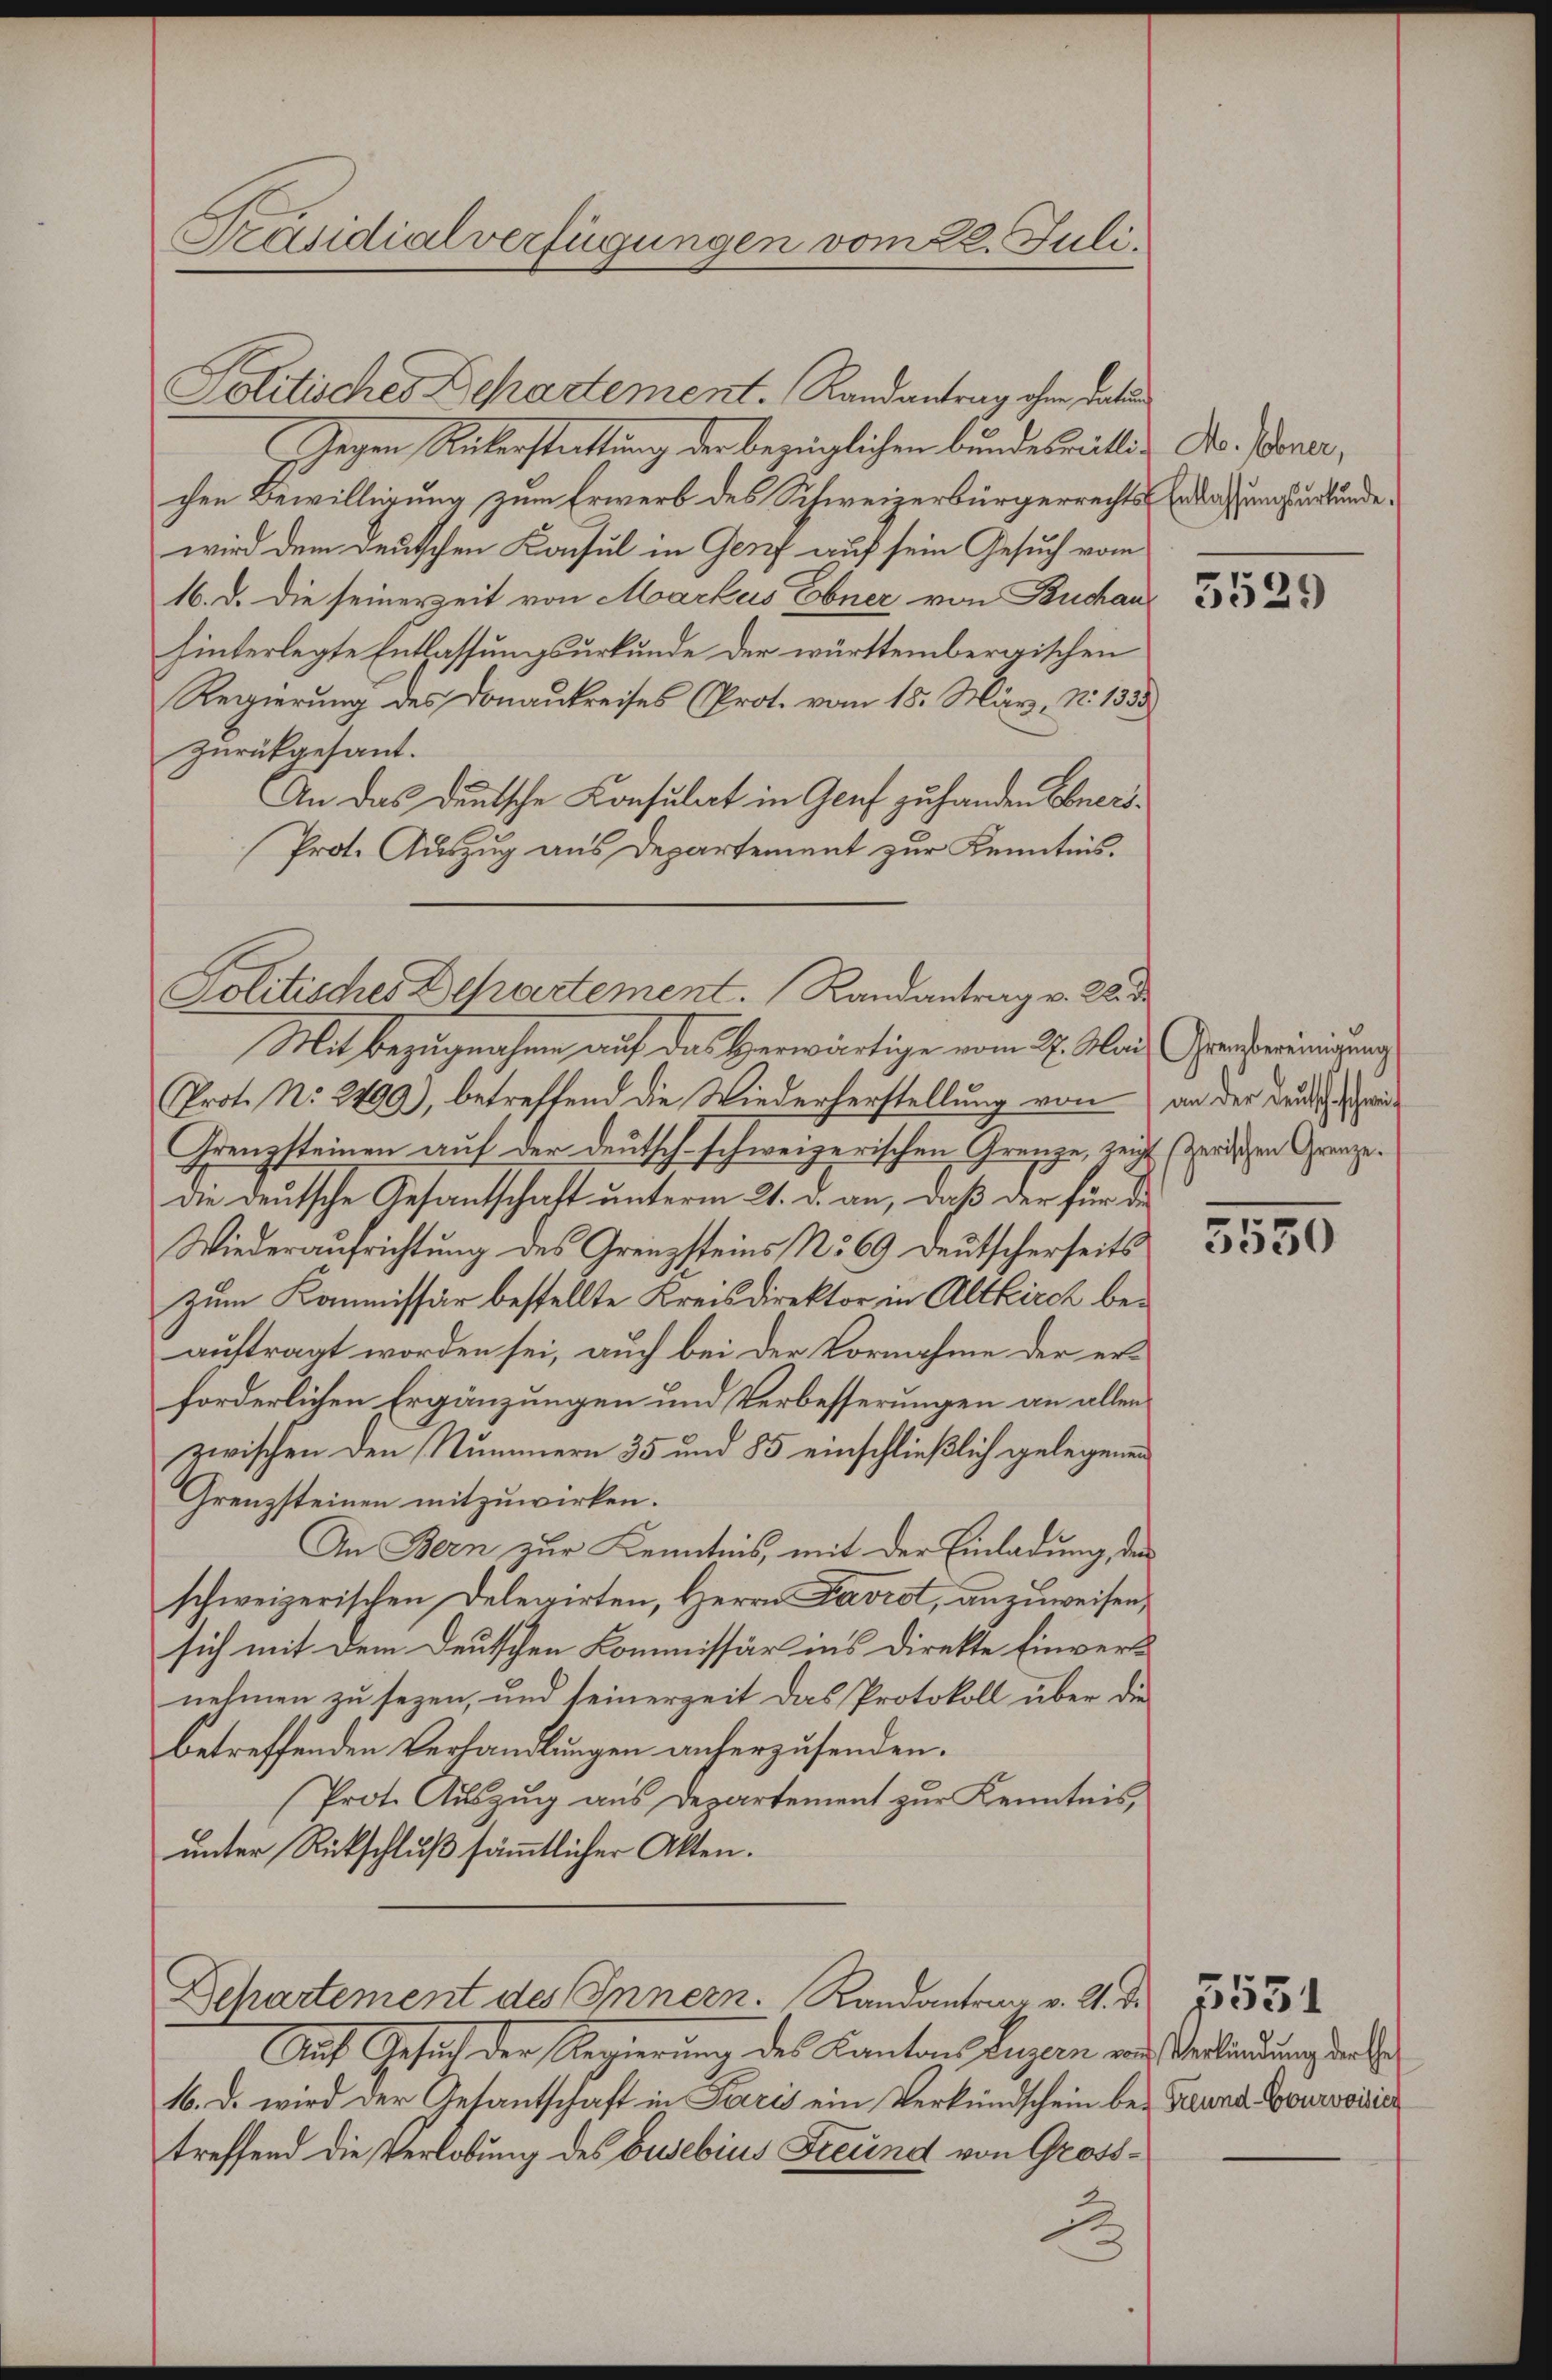
Präsidialverfügungen vom 22. Juli.

Gegen Rükerstattung der bezüglichen bundeswillig Dr. Boner,
chen Bewilligung zum Erwerb des Schweizerbürgerrechts-Erlaßungsurkunde,
wird dem deutschen Konsul in Genf auf sein Gesuch vom
16. d. die seinerzeit von Markus Ebner, von Buchan
hinterlegte Entlassungsurkunde der württembergischen
Regierung des Donaukreises (Prot. vom 15. März. No. 1335
zurückgesant.
An das deutsche Konsulat in Genf zu handen Ebners¬
Prot. Auszug aus Departement zur Kenntnis.
Mit Bezugnahme auf das Herwärtige vom 27. Mai, Grastereinigung
Prot. No. 2490), betreffend die Wiederherstellung von an der Druckswei
Grenzsteinen auf der deutsch schweizerischen Grenze, zeigt (zerischen Grenze.
die deutsche Gesantschaft unterm 21. d. an, daß der für die
Wiederaufrichtung des Grenzsteins No 69 deutscherseits
Zum Kommissär bestellte Kreisdirektor in Altkirch beauftragt worden sei, auch bei der Vornahme der erforderlichen Ergänzungen und Verbesserungen an allen
zwischen den Nummern 35 und 85 einschließlich gelegenen
Grenzsteinen mitzuwirken.
In Bern zur Kenntnis, mit der Einladung, den
schweizerischen Delegirten, Herrn Davrot, anzuweisen,
sich mit dem Deutschen Kommissär ins Direkte Einvers
nehmen zu sezen, und seinerzeit das Protokoll über die
betreffenden Verhandlungen anherzusenden.
Prot. Auszug aus Departement zur Kenntnis,
unter Rückschluß sämmtlicher Akten.

Politisches Departement. Randantrag ohne dati

Politisches Dehartement. Randantrag v. 2. d

Departement des Innern. Randantrag v. 21. d. 253

Auf Gesuch der Regierung des Kanton Luzern und Verbindung der e
16. d. wird der Gesantschaft in Paris ein Verkündschein bei Freund Lourvoisier
treffend die Verlobung des Busebius Freund von Gross-
J

5529

5530